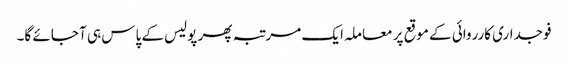
فوجداری کارروائی کے موقع پر معاملہ ایک مرتبہ پھر پولیس کے پاس ہی آ جائے گا۔